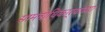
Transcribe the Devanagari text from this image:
सामनाधिकार्‍यांच्या